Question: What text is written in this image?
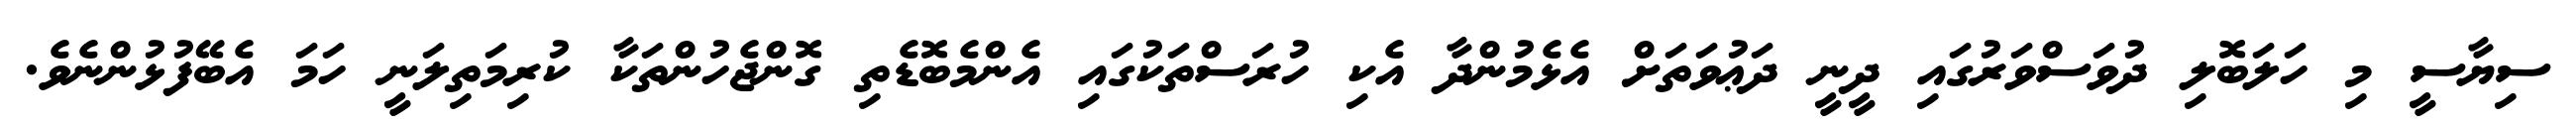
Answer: ސިޔާސީ މި ހަލަބޮލި ދުވަސްވަރުގައި ދީނީ ދަޢުވަތަށް އެޅެމުންދާ އެކި ހުރަސްތަކުގައި އެންމެބޮޑެތި ގޮންޖެހުންތަކާ ކުރިމަތިލަނީ ހަމަ އެބޭފުޅުންނެވެ.